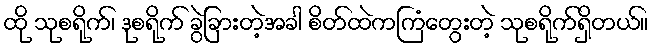
ထို သုစရိုက်၊ ဒုစရိုက် ခွဲခြားတဲ့အခါ စိတ်ထဲကကြံတွေးတဲ့ သုစရိုက်ရှိတယ်။